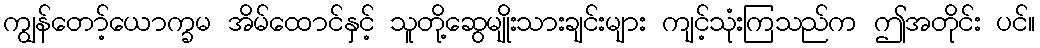
ကျွန်တော့်ယောက္ခမ အိမ်ထောင်နှင့် သူတို့ဆွေမျိုးသားချင်းများ ကျင့်သုံးကြသည်က ဤအတိုင်း ပင်။